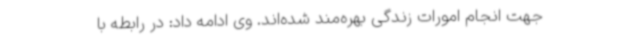
جهت انجام امورات زندگی بهره‌مند شده‌اند. وی ادامه داد: در رابطه با